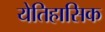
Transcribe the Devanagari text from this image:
येतिहासिक